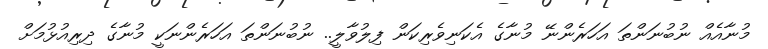
މުނާއެއް ނުބުނަންތަ އަހަރެންނޭ މުނާގެ އެކަނިވެރިކަން ފިލުވާލީ.. ނުބުނަންތަ އަހަރެންނަކީ މުނާގެ ދިރިއުޅުމަށް